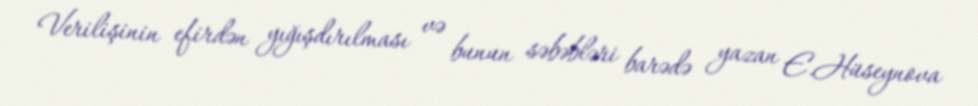
Verilişinin efirdən yığışdırılması və bunun səbəbləri barədə yazan E.Hüseynova